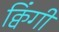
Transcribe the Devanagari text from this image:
क्विंगी